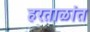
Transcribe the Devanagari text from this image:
हरताळांत